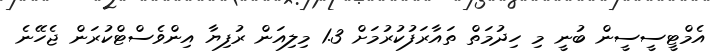
އެމްޓީސީސީން ބުނީ މި ހިދުމަތް ތައާރަފުކުރުމަށް 1.3 މިލިއަން ރުފިޔާ އިންވެސްޓްކުރަން ޖެހޭނެ